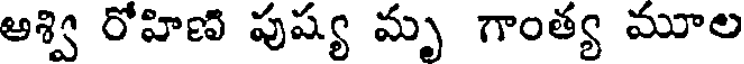
అశ్వి రోహిణి పుష్య మృ గాంత్య మూల